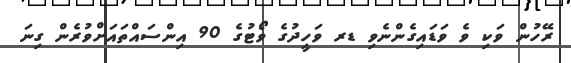
ރޭހުން ވަކި ވެ ވަޑައިގެންނެވި ޑރ ވަހީދުގެ ވޯޓުގެ 90 އިންސައްތައަށްވުރެން ގިނަ